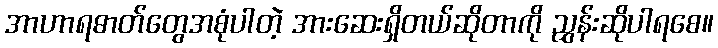
အာဟာရဓာတ်တွေအစုံပါတဲ့ အားဆေးရှိတယ်ဆိုတာကို ညွှန်းဆိုပါရစေ။